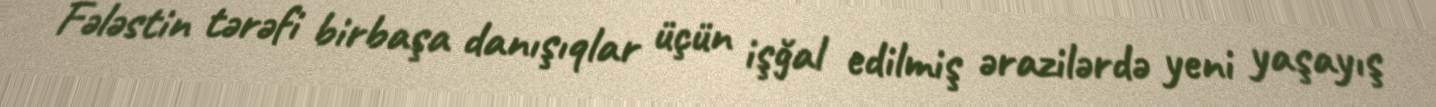
Fələstin tərəfi birbaşa danışıqlar üçün işğal edilmiş ərazilərdə yeni yaşayış